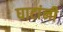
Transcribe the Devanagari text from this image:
घाटांनी